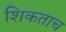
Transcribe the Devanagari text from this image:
शिकताच